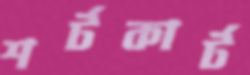
শর্টকার্ট